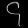
Digit: ၄